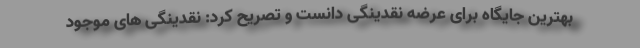
بهترین جایگاه برای عرضه نقدینگی دانست و تصریح کرد: نقدینگی های موجود